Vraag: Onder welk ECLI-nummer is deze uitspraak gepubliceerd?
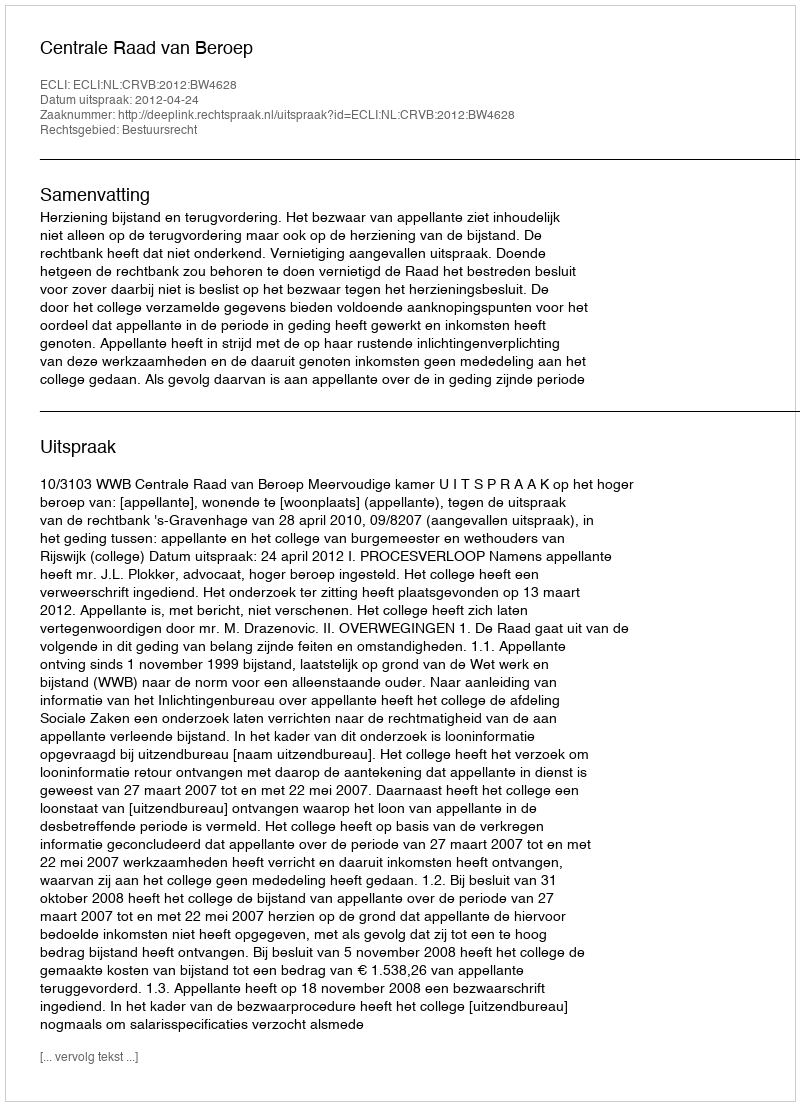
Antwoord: ECLI:NL:CRVB:2012:BW4628